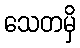
သေတမှိ